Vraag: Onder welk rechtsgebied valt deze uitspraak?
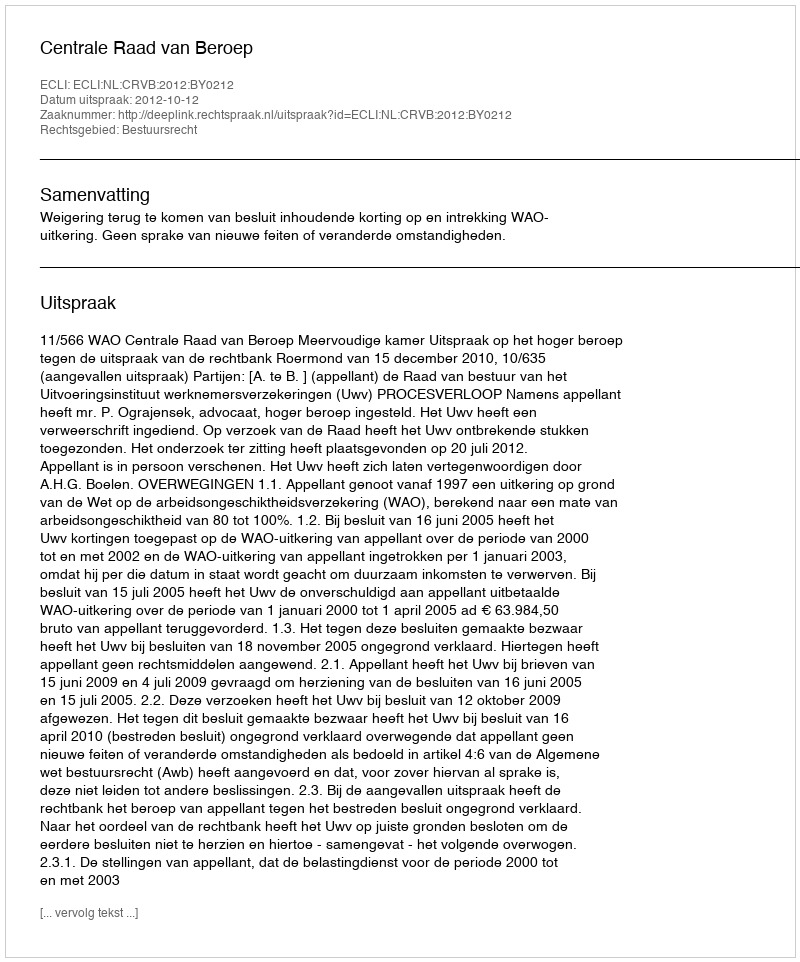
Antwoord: Bestuursrecht